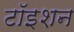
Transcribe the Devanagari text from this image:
टॉइशन